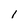
Character: 1